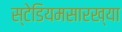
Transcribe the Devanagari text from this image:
स्टेडियमसारख्या